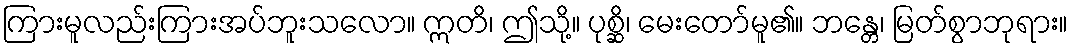
ကြားမူလည်းကြားအပ်ဘူးသလော။ ဣတိ၊ ဤသို့။ ပုစ္ဆိ၊ မေးတော်မူ၏။ ဘန္တေ၊ မြတ်စွာဘုရား။